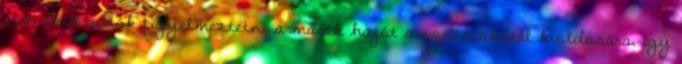
elmulasztották figyelmeztetni a másik hajót a vontatókötél kioldására, így